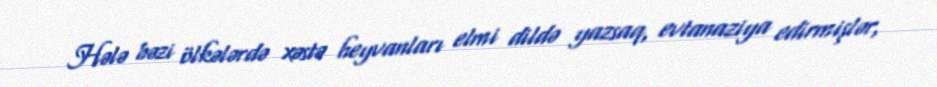
Hələ bəzi ölkələrdə xəstə heyvanları elmi dildə yazsaq, evtanaziya edirmişlər,